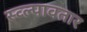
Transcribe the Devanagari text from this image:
स्व्ल्पावतार